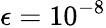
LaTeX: \epsilon=10^{-8}